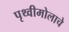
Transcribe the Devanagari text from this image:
पृथ्वीमोलाचे